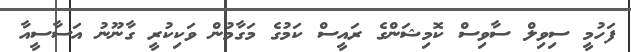
ފަހުމީ ސިވިލް ސާވިސް ކޮމިޝަންގެ ރައީސް ކަމުގެ މަގާމުން ވަކިކުރީ ގާނޫނު އަސާސީއާ